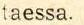
taessa.